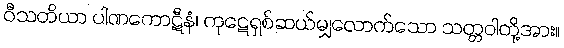
ဝီသတိယာ ပါဏကောဋီနံ၊ ကုဋေရှစ်ဆယ်မျှလောက်သော သတ္တဝါတို့အား။